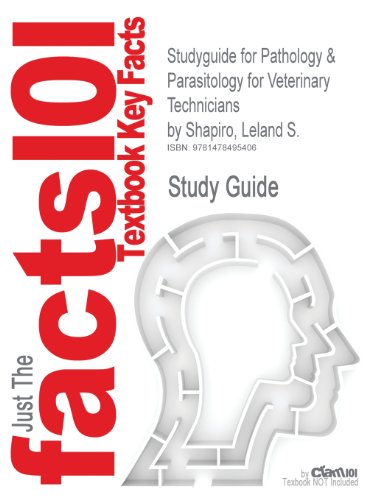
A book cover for Studyguide for Pathology & Parasitology for Veterinary Technicians by Shapiro, Leland S.; Cram101 Textbook Reviews; Medical Books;